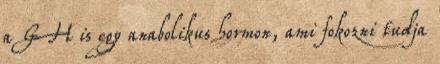
a GH is egy anabolikus hormon, ami fokozni tudja